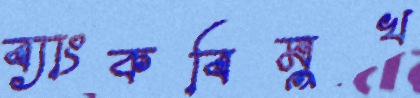
ব্যাংকবিমুখ